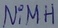
Text: NiMH